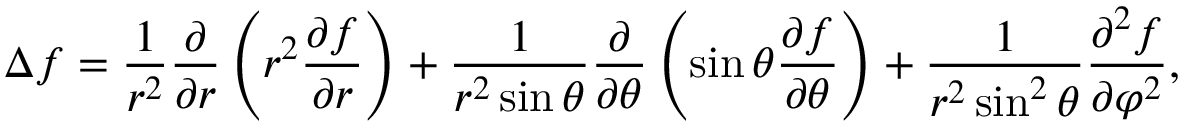
\Delta f = { \frac { 1 } { r ^ { 2 } } } { \frac { \partial } { \partial r } } \left( r ^ { 2 } { \frac { \partial f } { \partial r } } \right) + { \frac { 1 } { r ^ { 2 } \sin \theta } } { \frac { \partial } { \partial \theta } } \left( \sin \theta { \frac { \partial f } { \partial \theta } } \right) + { \frac { 1 } { r ^ { 2 } \sin ^ { 2 } \theta } } { \frac { \partial ^ { 2 } f } { \partial \varphi ^ { 2 } } } ,